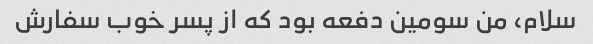
سلام، من سومین دفعه بود که از پسر خوب سفارش